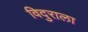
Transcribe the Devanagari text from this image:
विदुराला